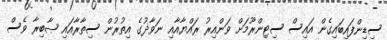
ސިޑިންފައިބައިގެން އައިސް ސިޓިންރޫމަށް ވަންއިރު ރައްޔާއާއި ނަވާޛުގެ އިތުރުން ސިތާރާއައި ޞާބިރާ ވެސް